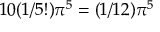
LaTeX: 1 0 ( 1 / 5 ! ) \pi ^ { 5 } = ( 1 / 1 2 ) \pi ^ { 5 }